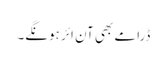
ڈرامے بھی آن ائر ہونگے۔